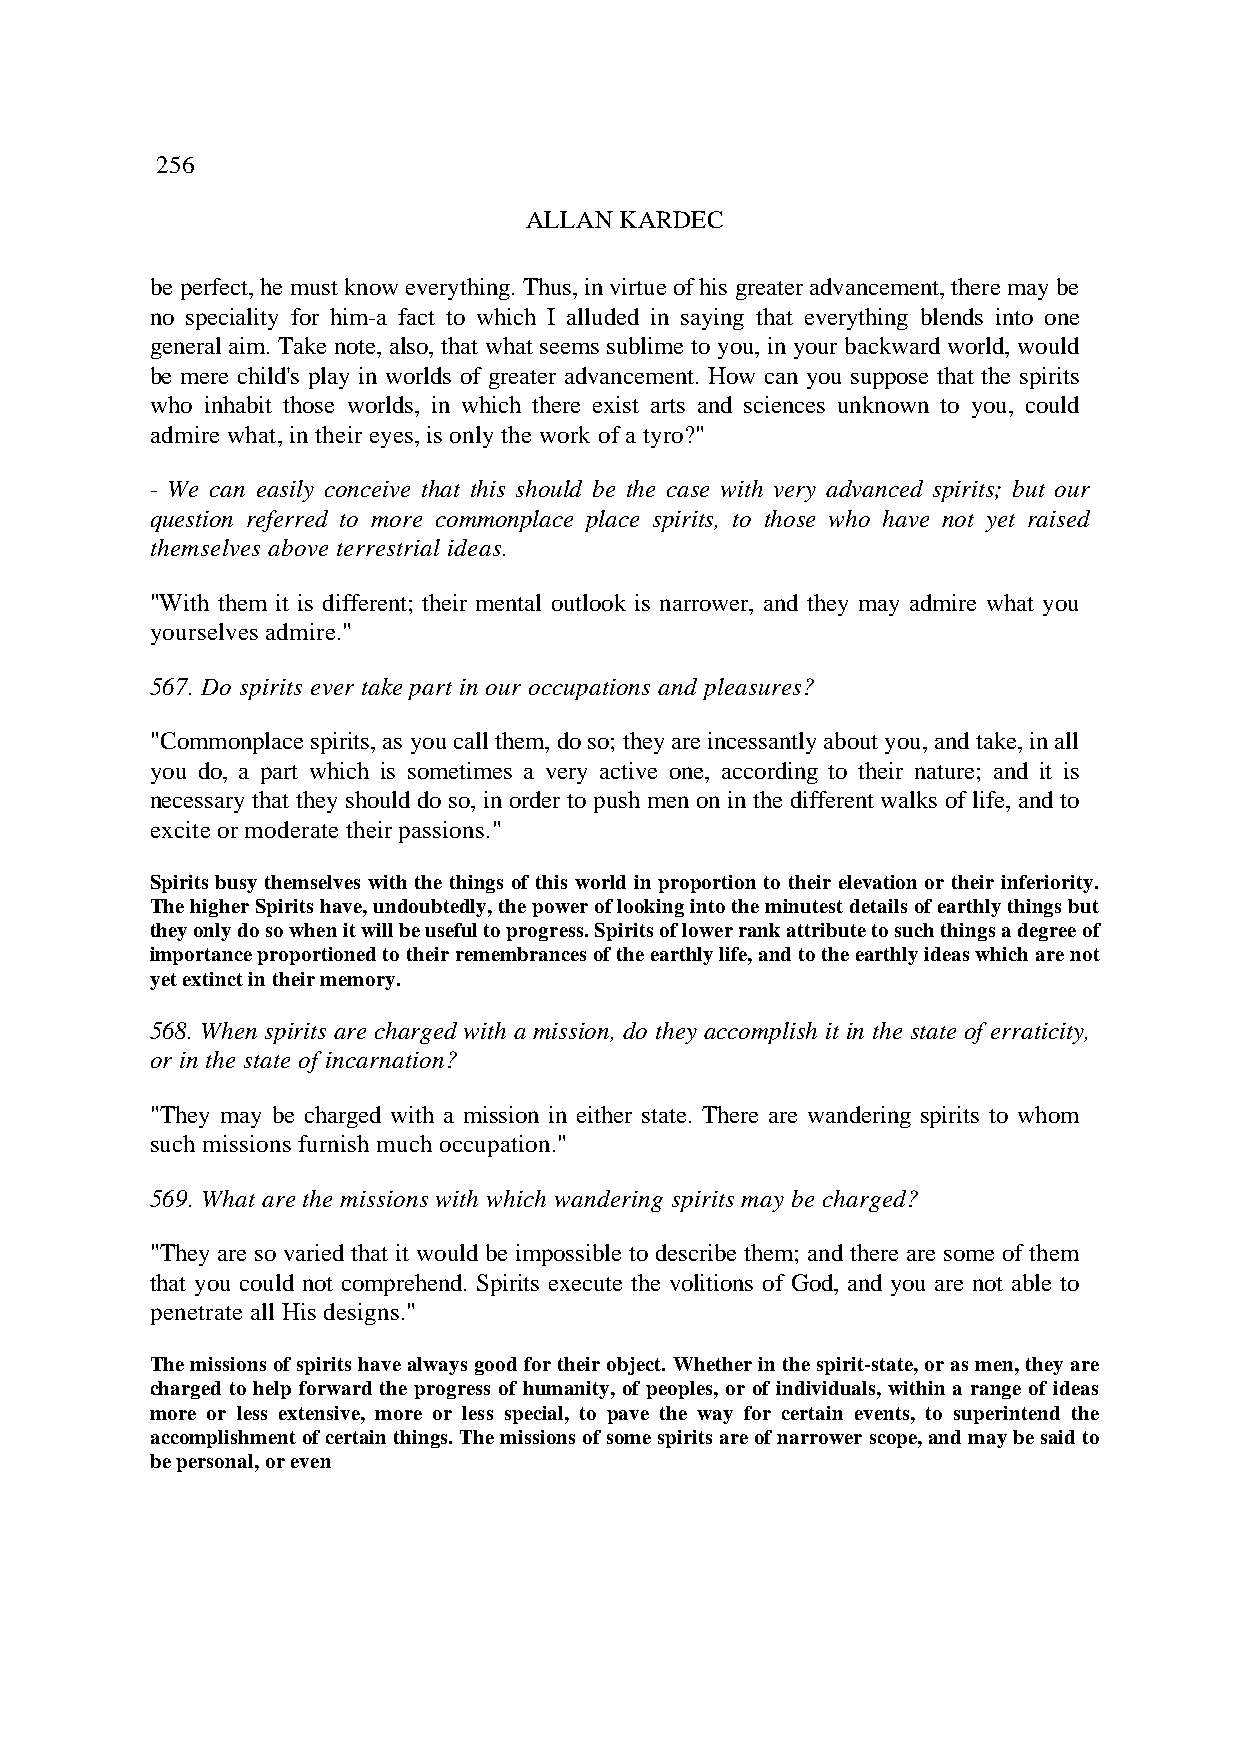
256
 ALLAN KARDEC
 be perfect, he must know everything. Thus, in virtue of his greater advancement, there may be
 no speciality for him-a fact to which I alluded in saying that everything blends into one
 general aim. Take note, also, that what seems sublime to you, in your backward world, would
 be mere child's play in worlds of greater advancement. How can you suppose that the spirits
 who inhabit those worlds, in which there exist arts and sciences unknown to you, could
 admire what, in their eyes, is only the work of a tyro?"
 - We can easily conceive that this should be the case with very advanced spirits; but our
 question referred to more commonplace place spirits, to those who have not yet raised
 themselves above terrestrial ideas.
 "With them it is different; their mental outlook is narrower, and they may admire what you
 yourselves admire."
 567. Do spirits ever take part in our occupations and pleasures?
 "Commonplace spirits, as you call them, do so; they are incessantly about you, and take, in all
 you do, a part which is sometimes a very active one, according to their nature; and it is
 necessary that they should do so, in order to push men on in the different walks of life, and to
 excite or moderate their passions."
 Spirits busy themselves with the things of this world in proportion to their elevation or their inferiority.
 The higher Spirits have, undoubtedly, the power of looking into the minutest details of earthly things but
 they only do so when it will be useful to progress. Spirits of lower rank attribute to such things a degree of
 importance proportioned to their remembrances of the earthly life, and to the earthly ideas which are not
 yet extinct in their memory.
 568. When spirits are charged with a mission, do they accomplish it in the state of erraticity,
 or in the state of incarnation?
 "They may be charged with a mission in either state. There are wandering spirits to whom
 such missions furnish much occupation."
 569. What are the missions with which wandering spirits may be charged?
 "They are so varied that it would be impossible to describe them; and there are some of them
 that you could not comprehend. Spirits execute the volitions of God, and you are not able to
 penetrate all His designs."
 The missions of spirits have always good for their object. Whether in the spirit-state, or as men, they are
 charged to help forward the progress of humanity, of peoples, or of individuals, within a range of ideas
 more or less extensive, more or less special, to pave the way for certain events, to superintend the
 accomplishment of certain things. The missions of some spirits are of narrower scope, and may be said to
 be personal, or even